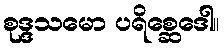
စုဒ္ဒသမော ပရိစ္ဆေဒေါ။